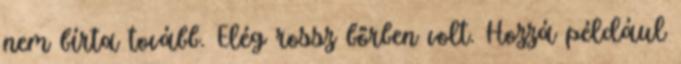
nem bírta tovább. Elég rossz bőrben volt. Hozzá például